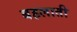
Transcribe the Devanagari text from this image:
बहलाती